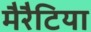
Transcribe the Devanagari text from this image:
मैरैटिया